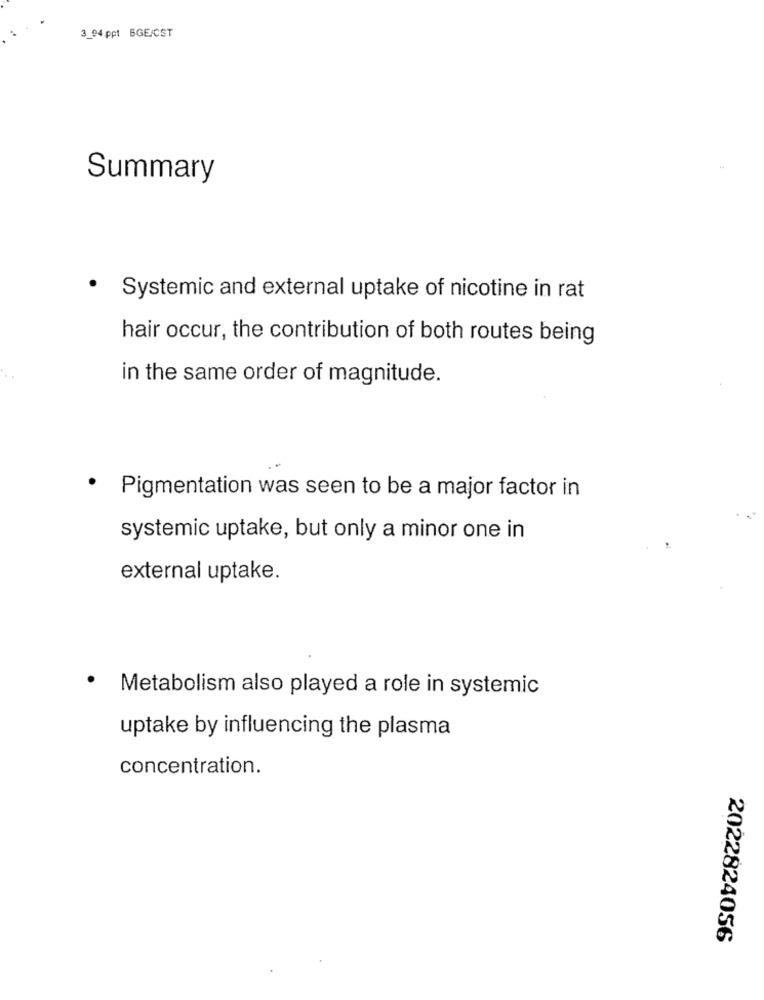
3_94 ppt BGE/CST
Summary
· Systemic and external uptake of nicotine in rat
hair occur, the contribution of both routes being
in the same order of magnitude.
· Pigmentation was seen to be a major factor in
systemic uptake, but only a minor one in
external uptake.
· Metabolism also played a role in systemic
uptake by influencing the plasma
concentration.
2022824056